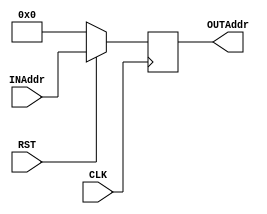
//sequencer points to next state based on present state

module sequencer(INAddr,CLK,RST,OUTAddr);

input [3:0]INAddr;	//next state from control logic
input CLK,RST;
output reg [3:0]OUTAddr;	//output is present state signal to be fed to control ROM 

always @(negedge CLK) 
  begin
    if (~RST) 
      begin		//RESET is active LOW
        OUTAddr = 4'b0000;
      end
    else
      begin
        OUTAddr = INAddr;
      end
  end

endmodule